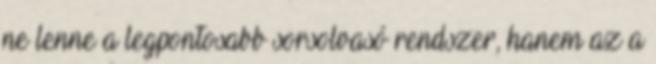
ne lenne a legpontosabb sorsolvasó rendszer, hanem az a